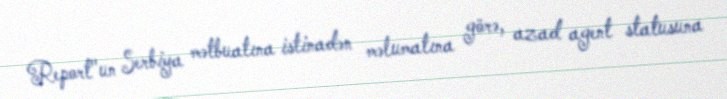
Report"un Serbiya mətbuatına istinadən məlumatına görə, azad agent statusuna